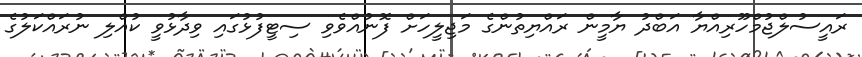
ރައީސުލްޖުމްހޫރިއްޔާ އަބްދު ޔާމީން ރައްޔިތުންގެ މަޖިލީހަށް ފޮނުއްވެވި ސިޓީފުޅުގައި ވިދާޅުވީ ކުއްލި ނުރައްކަލުގެ